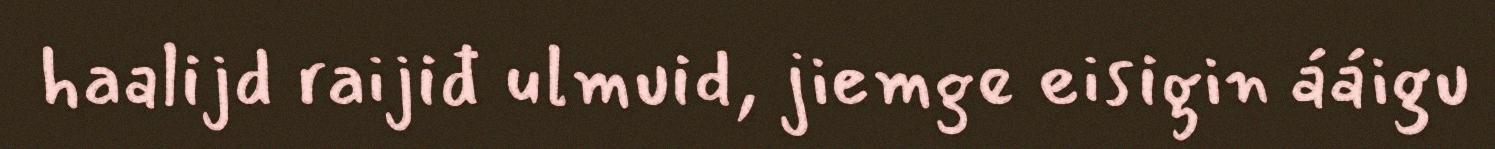
haalijd raijiđ ulmuid, jiemge eisigin ááigu